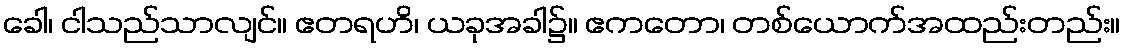
ခေါ၊ ငါသည်သာလျင်။ ဧတရဟိ၊ ယခုအခါ၌။ ဧကတော၊ တစ်ယောက်အထည်းတည်း။